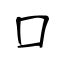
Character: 口